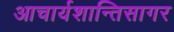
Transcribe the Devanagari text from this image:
आचार्यशान्तिसागर